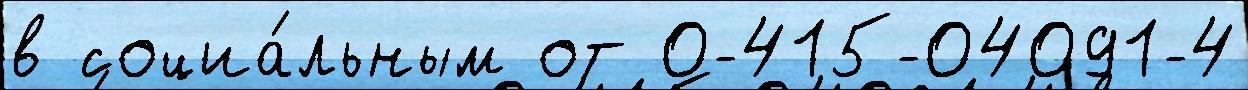
в социа́льным от 0-415-04091-4